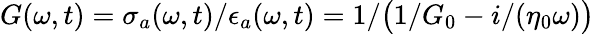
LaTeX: G(\omega,t)=\sigma_{a}(\omega,t)/{\epsilon}_{a}(\omega,t)=1/\big(1/G_{0}-i/(\eta_{0}\omega)\big)